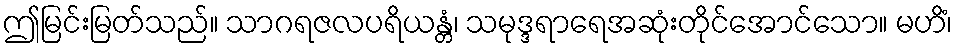
ဤမြင်းမြတ်သည်။ သာဂရဇလပရိယန္တံ၊ သမုဒ္ဒရာရေအဆုံးတိုင်အောင်သော။ မဟိံ၊